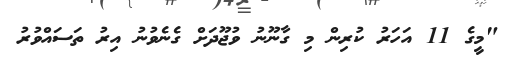
"މީގެ 11 އަހަރު ކުރިން މި ގާނޫނު ވުޖޫދަށް ގެނެވުނު އިރު ތަސައްވުރު